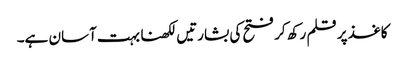
کاغذ پر قلم رکھ کر فتح کی بشارتیں لکھنا بہت آسان ہے۔